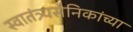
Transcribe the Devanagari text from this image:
स्वातंत्र्यसैनिकांच्या